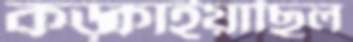
কড়্‌কাইয়াছিল